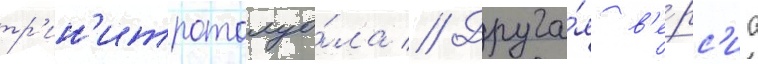
тр'ин'итротолуо́ла // Друга́я в'е́рс'иа